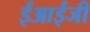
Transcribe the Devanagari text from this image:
ईआईजी